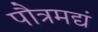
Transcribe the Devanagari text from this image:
पौत्रमद्यं